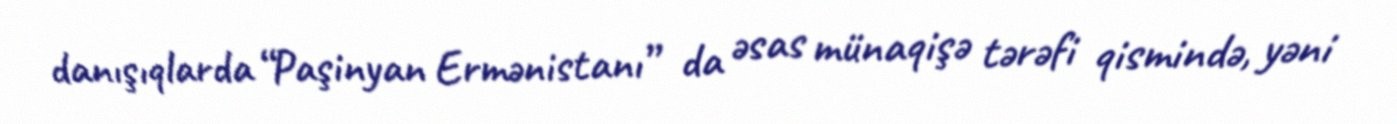
danışıqlarda “Paşinyan Ermənistanı” da əsas münaqişə tərəfi qismində, yəni